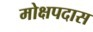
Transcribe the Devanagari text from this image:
मोक्षपदास